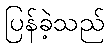
ပြန်ခဲ့သည်